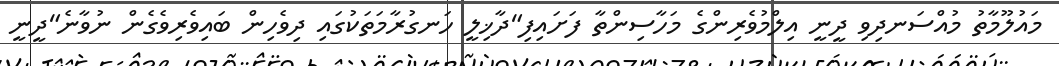
މައުލޫމާތު މުއްސަނދިވި ދީނީ އިލްމުވެރިންގެ މަހާސިންތާ ފަށައިފި"ދާޚިލީ ހަނގުރާމަތަކުގައި ދިވެހިން ބައިވެރިވެގެން ނުވާނެ"ދީނީ